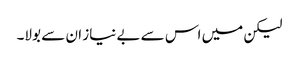
لیکن میں اس سے بے نیاز ان سے بولا۔